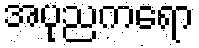
အပုညကရော